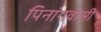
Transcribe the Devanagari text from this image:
पिनांगवासी